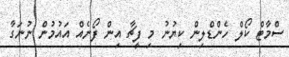
ސްމާޓް ކޯލް ހެންޑްލިން ކިޔުނު މި ފީޗާ އިން ފޯނެއް އައުމުން ނުނަގާ